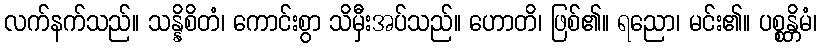
လက်နက်သည်။ သန္နိစိတံ၊ ကောင်းစွာ သိမှီးအပ်သည်။ ဟောတိ၊ ဖြစ်၏။ ရညော၊ မင်း၏။ ပစ္စန္တိမံ၊